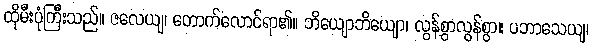
ထိုမီးပုံကြီးသည်။ ဇလေယျ၊ တောက်လောင်ရာ၏။ ဘိယျောဘိယျော၊ လွန်စွာလွန်စွာ။ ပဘာသေယျ၊